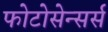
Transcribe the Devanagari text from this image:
फोटोसेन्सर्स